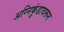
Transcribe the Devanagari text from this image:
अग्निकुंडावरून